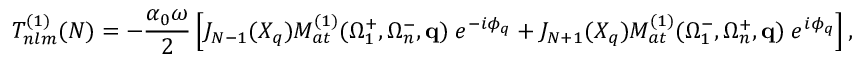
T _ { n l m } ^ { ( 1 ) } ( N ) = - \frac { \alpha _ { 0 } \omega } { 2 } \left[ J _ { N - 1 } ( X _ { q } ) { \cal M } _ { a t } ^ { ( 1 ) } ( \Omega _ { 1 } ^ { + } , \Omega _ { n } ^ { - } , \mathbf { q } ) \; e ^ { - i \phi _ { q } } + J _ { N + 1 } ( X _ { q } ) { \cal M } _ { a t } ^ { ( 1 ) } ( \Omega _ { 1 } ^ { - } , \Omega _ { n } ^ { + } , \mathbf { q } ) \; e ^ { i \phi _ { q } } \right] ,